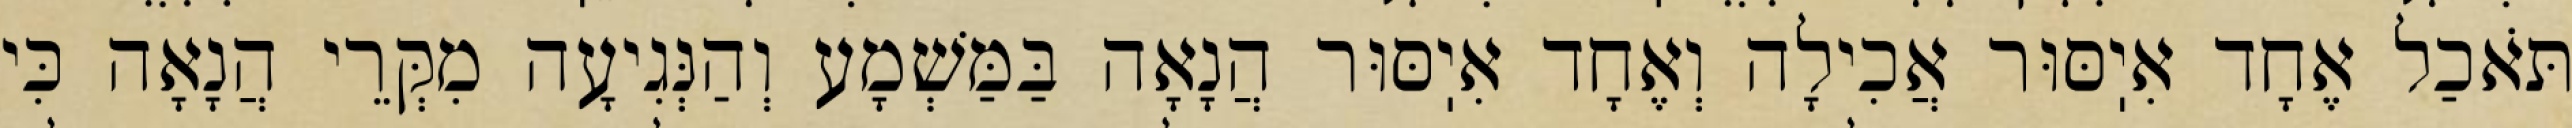
תֹּאכַל אֶחָד אִיֽסּוּר אֲכִילָה וְאֶחָד אִיֽסּוּר הֲנָאָה בַּמַּשְׁמָע וְהַנְּגִיעָה מִקְּרֵי הֲנָאָה כִּי